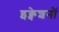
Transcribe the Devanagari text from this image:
इक्वेशनों